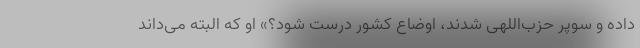
داده و سوپر حزب‌اللهی شدند، اوضاع کشور درست شود؟» او که البته می‌داند